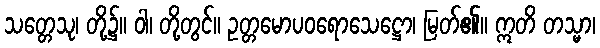
သတ္တေသု၊ တို့၌။ ဝါ၊ တို့တွင်။ ဥတ္တမောပဝရောသေဋ္ဌော၊ မြတ်၏။ ဣတိ တသ္မာ၊